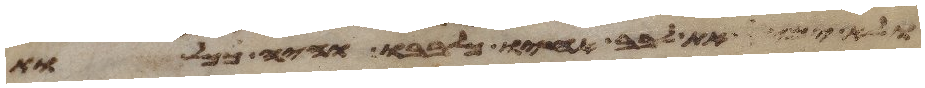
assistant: ולא ימיס את לבב אחיו כלבבו והיה ככלות